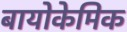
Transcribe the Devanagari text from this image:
बायोकेमिक